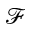
\mathcal { F }